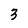
Character: 3